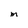
Character: M